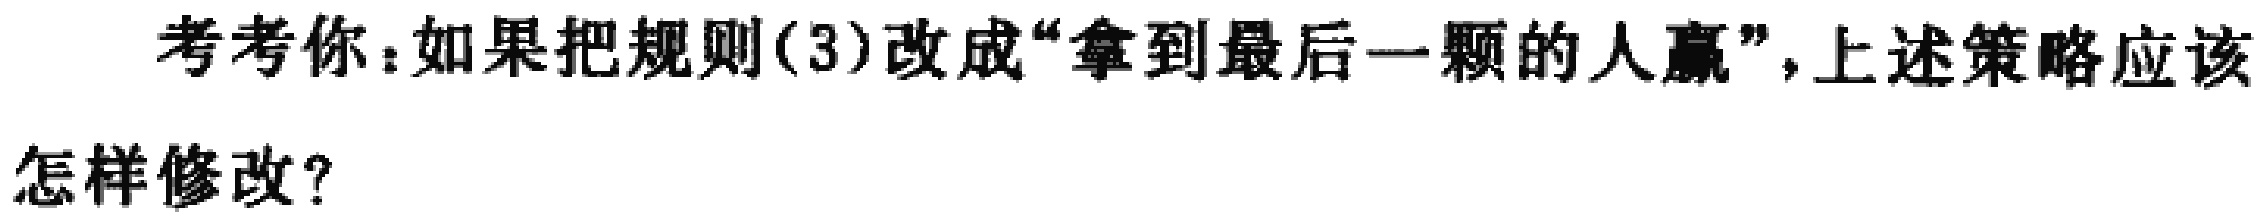
考考你：如果把规则(3)改成“拿到最后一颗的人赢”，上述策略应该怎样修改？